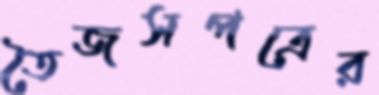
তৈজসপত্রের